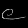
Digit: ၉